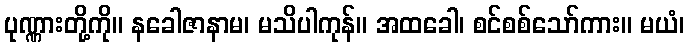
ပုဏ္ဏားတို့ကို။ နခေါဇာနာမ၊ မသိပါကုန်။ အထခေါ၊ စင်စစ်သော်ကား။ မယံ၊